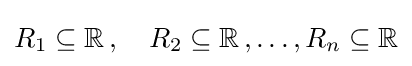
R_{1}\subseteq \mathbb {R} \,,\quad R_{2}\subseteq \mathbb {R} \,,\ldots ,R_{n}\subseteq \mathbb {R}